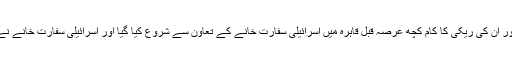
اس ذریعے کا کہنا ہے کہ مصری فوج کے کمانڈروں کی شناخت اور ان کی ریکی کا کام کچھ عرصہ قبل قاہرہ میں اسرائیلی سفارت خانے کے تعاون سے شروع کیا گیا اور اسرائیلی سفارت خانے نے اس سلسلے میں ضروری معلومات سعودی عرب کو فراہم کی ہیں۔